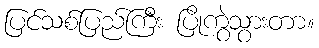
ပြင်သစ်ပြည်ကြီး ပြိုကွဲသွားတာ။